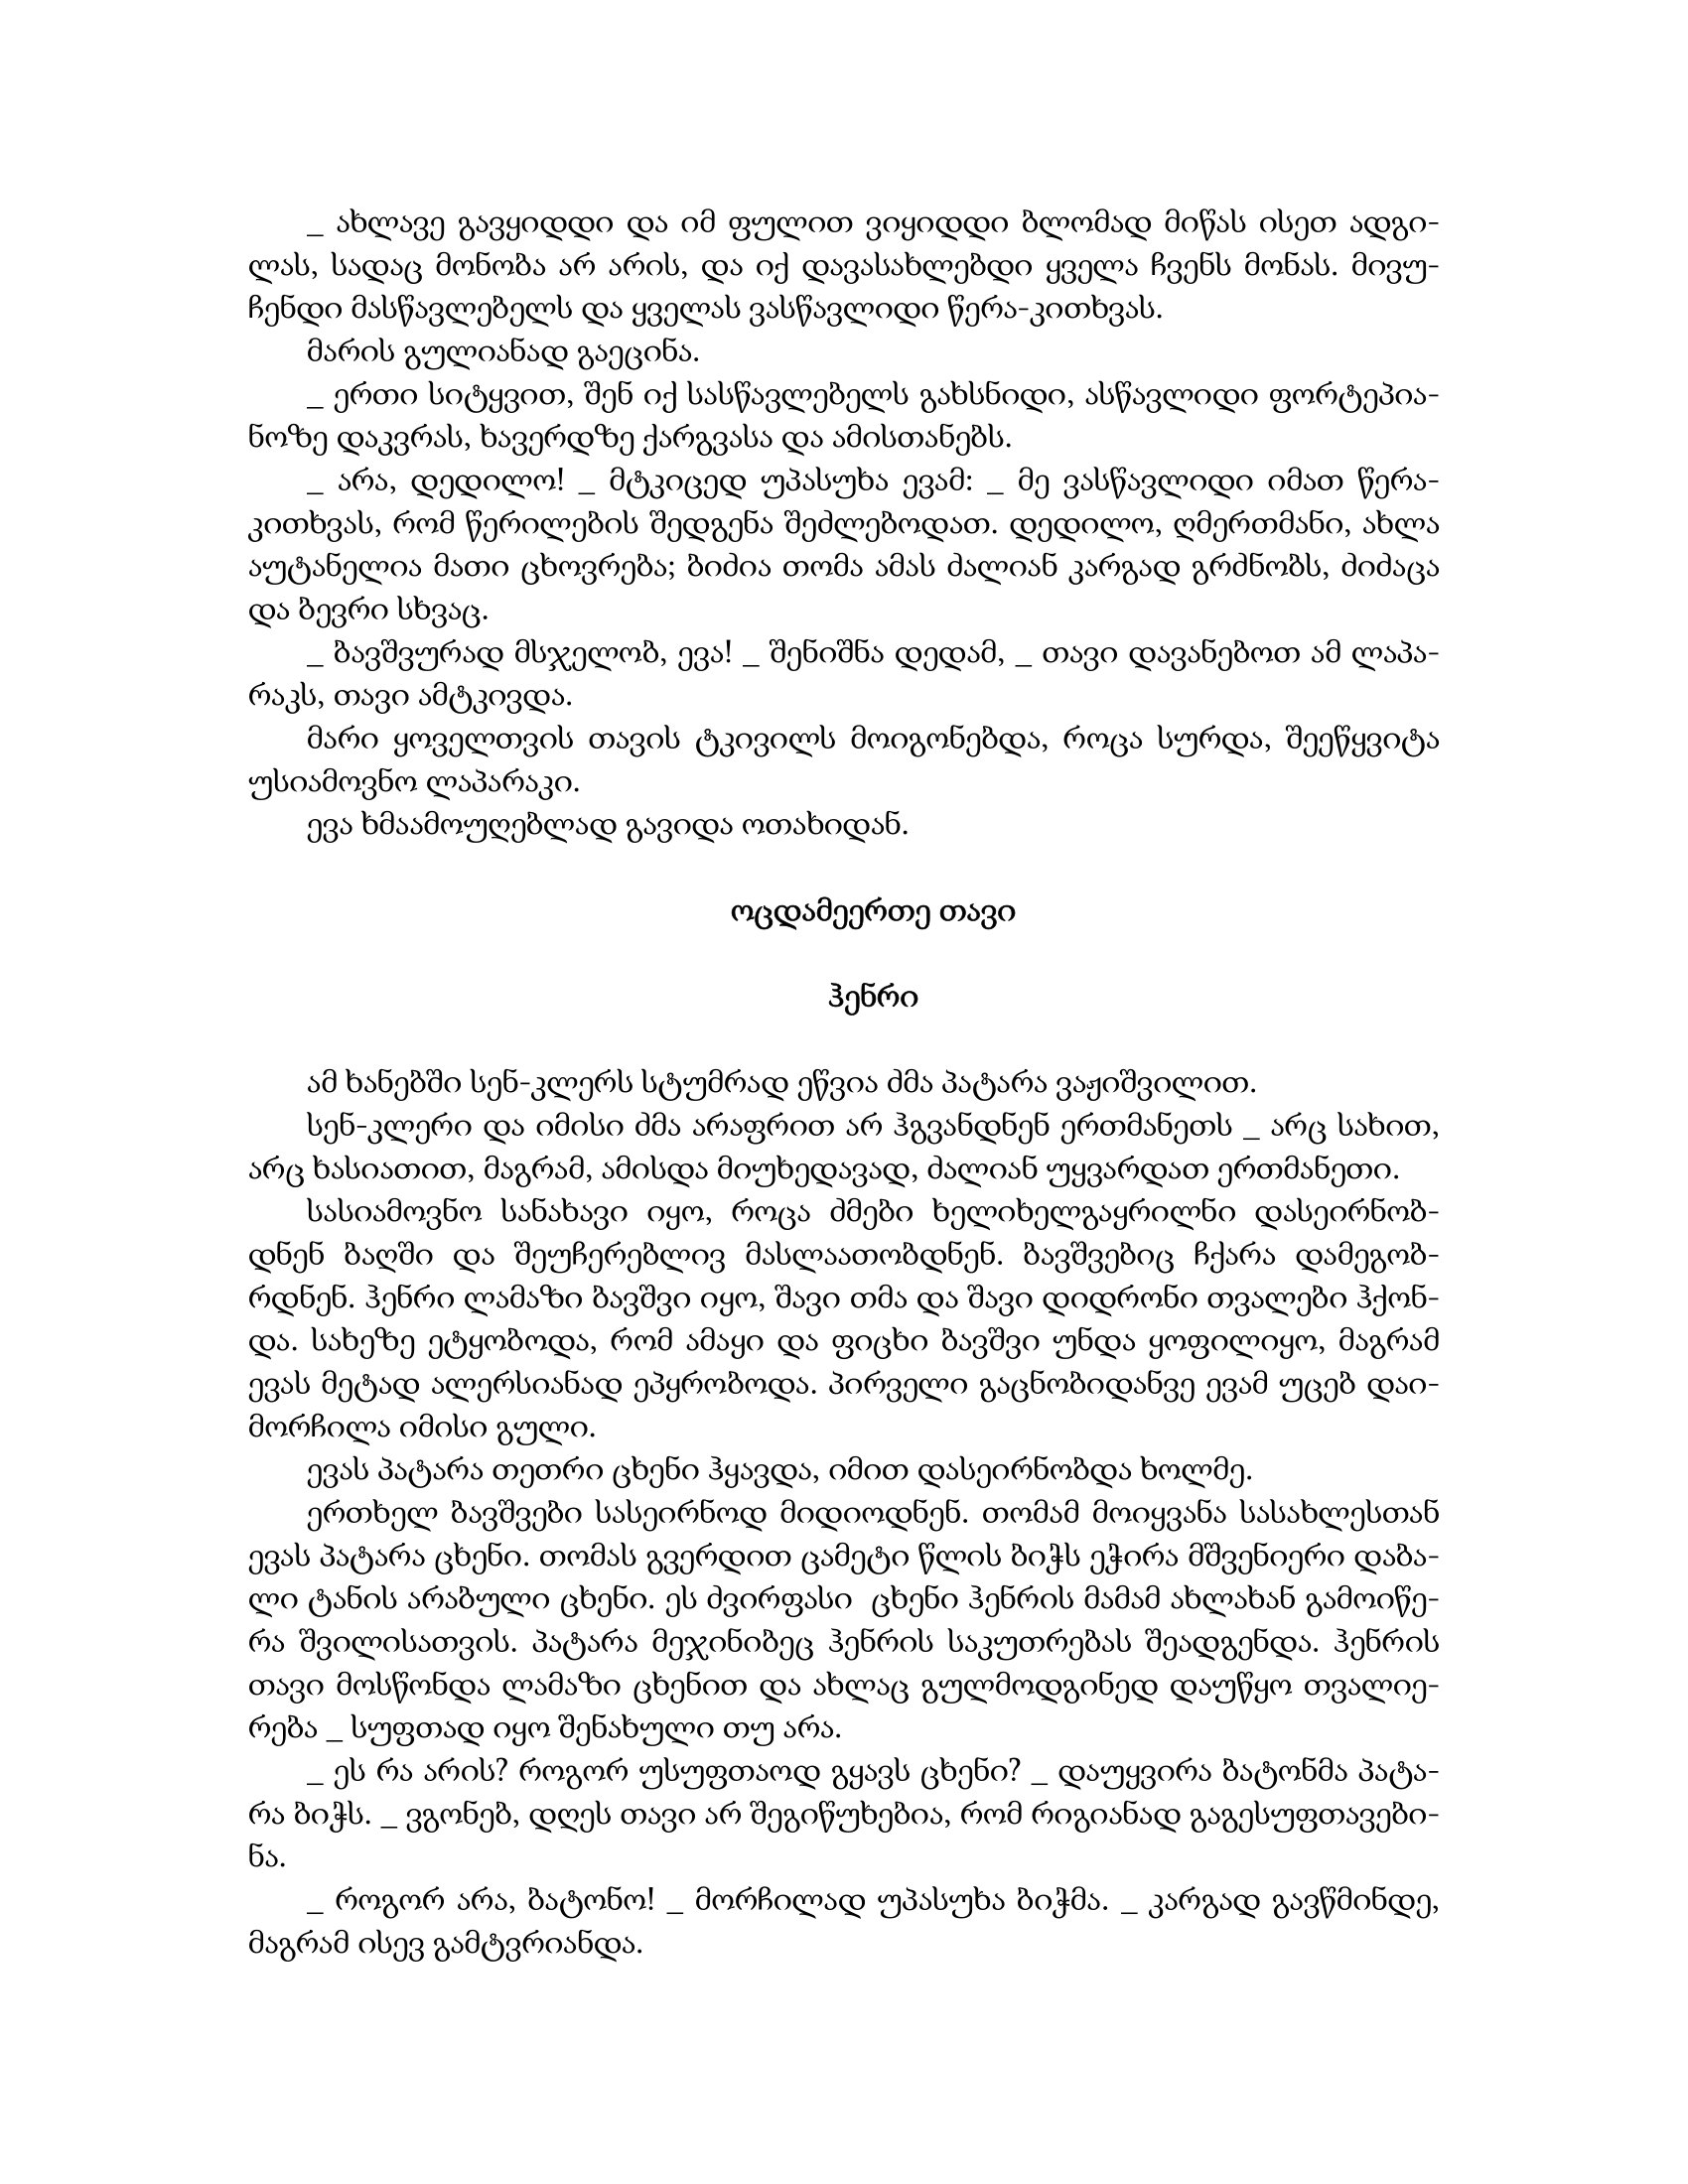
Language: gr